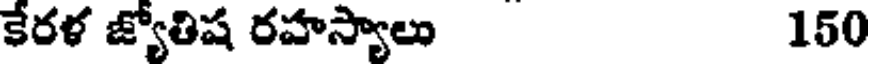
కేరళ జ్యోతిష రహస్యాలు 150